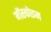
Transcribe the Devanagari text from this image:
मॉस्कोइन